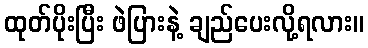
ထုတ်ပိုးပြီး ဖဲပြားနဲ့ ချည်ပေးလို့ရလား။